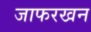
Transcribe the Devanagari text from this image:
जाफरखन